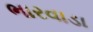
ભારવાડા